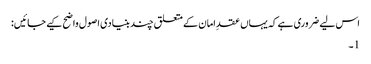
اس لیے ضروری ہے کہ یہاں عقدِ امان کے متعلق چند بنیادی اصول واضح کیے جائیں:
1۔